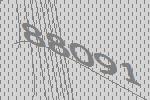
88091